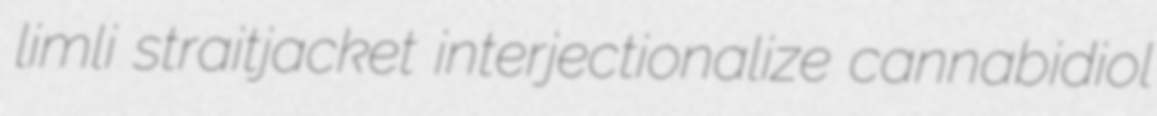
limli straitjacket interjectionalize cannabidiol